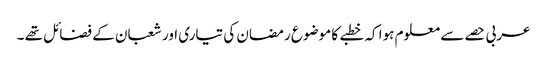
عربی حصے سے معلوم ہوا کہ خطبے کا موضوع رمضان کی تیاری اور شعبان کے فضائل تھے ۔